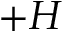
+ H